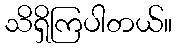
သိရှိကြပါတယ်။